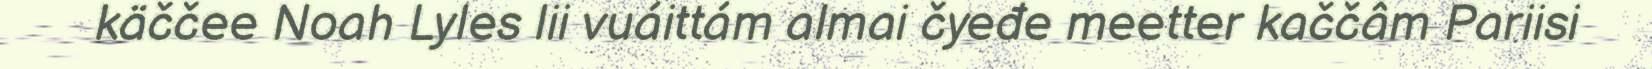
käččee Noah Lyles lii vuáittám almai čyeđe meetter kaččâm Pariisi